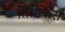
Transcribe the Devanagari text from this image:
तिन्नाकरा